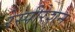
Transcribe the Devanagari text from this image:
रेस्पीरेशन